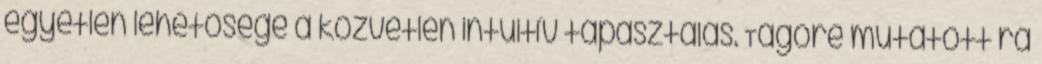
egyetlen lehetősége a közvetlen intuitív tapasztalás. Tagore mutatott rá